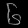
Digit: ၆